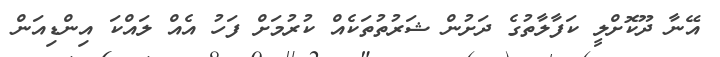
އޭނާ ދޫކޮށްލީ ކަފާލާތުގެ ދަށުން ޝަރުތުތަކެއް ކުރުމަށް ފަހު އެއް ލައްކަ އިންޑިއަން